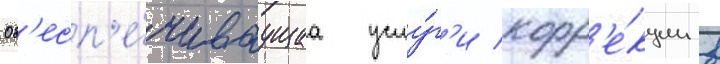
Об'есп'е́чиваущаа услу́г'и корр'е́кции в